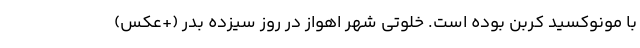
با مونوکسید کربن بوده است. خلوتی شهر اهواز در روز سیزده بدر (+عکس)